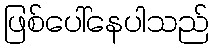
ဖြစ်ပေါ်နေပါသည်